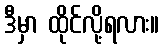
ဒီမှာ ထိုင်လို့ရလား။